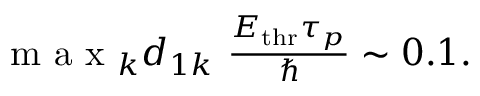
\begin{array} { r } { \mathrm { ~ m ~ a ~ x ~ } _ { k } d _ { 1 k } \ \frac { E _ { \mathrm { { t h r } } } \tau _ { p } } { \hbar } \sim 0 . 1 . } \end{array}